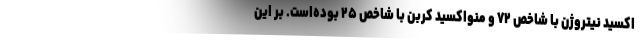
اکسید نیتروژن با شاخص ۷۲ و منواکسید کربن با شاخص ۲۵ بوده‌است. بر این